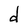
Character: d